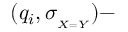
( q _ { i } , \sigma _ { _ { X = Y } } ) -